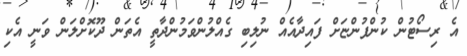
އެ ރިސޯޓުން ކުންފުންޏަށް ފައިދާއެއް ނުލިބި ގެއްލުންވަމުންދާތީ އެތަން ދޫކޮށްލަން ވަނީ އެކި